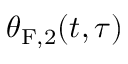
\theta _ { \mathrm { F } , 2 } ( t , \tau )